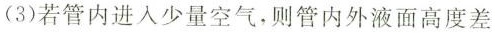
(3)若管内进入少量空气，则管内外液面高度差